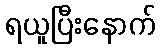
ရယူပြီးနောက်